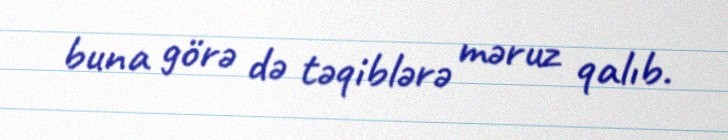
buna görə də təqiblərə məruz qalıb.